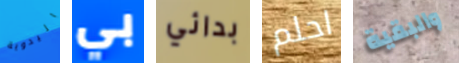
اليدوية بي بدائي احلم والبقية